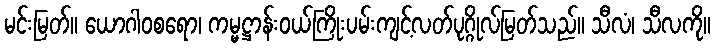
မင်းမြတ်။ ယောဂါဝစရော၊ ကမ္မဋ္ဌာန်းဝယ်ကြိုးပမ်းကျင့်လတ်ပုဂ္ဂိုလ်မြတ်သည်။ သီလံ၊ သီလကို။